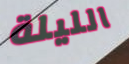
الليلة